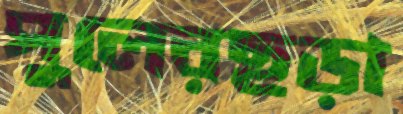
পুলেরছড়া